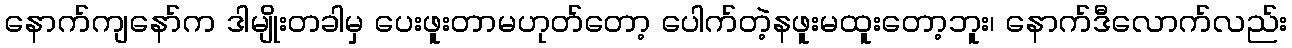
နောက်ကျနော်က ဒါမျိုးတခါမှ ပေးဖူးတာမဟုတ်တော့ ပေါက်တဲ့နဖူးမထူးတော့ဘူး၊ နောက်ဒီလောက်လည်း